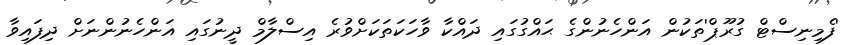
'ފެމިނިސްޓް ގުރޫޕް'ތަކުން އަންހެނުންގެ ޙައްގުގައި ދައްކާ ވާހަކަތަކަށްވުރެ އިސްލާމް ދީނުގައި އަންހެނުންނަށް ދިފައިވާ